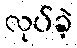
လုပ်ခဲ့